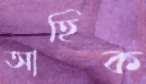
আহিক